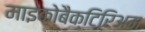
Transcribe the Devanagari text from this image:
माइकोबैक्टिरिअम